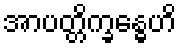
အာပတ္တိက္ခန္ဓေဟိ